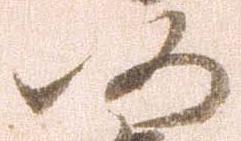
仍